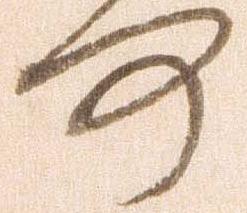
何